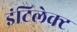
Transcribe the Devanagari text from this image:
इंटिलेक्ट